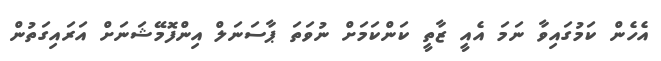
އެހެން ކަމުގައިވާ ނަމަ އެއީ ޒާތީ ކަންކަމަށް ނުވަތަ ޕާސަނަލް އިންފޮމޭޝަނަށް އަރައިގަތުން